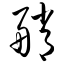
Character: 艄